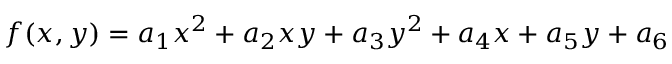
f ( x , y ) = a _ { 1 } x ^ { 2 } + a _ { 2 } x y + a _ { 3 } y ^ { 2 } + a _ { 4 } x + a _ { 5 } y + a _ { 6 }